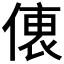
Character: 𠍡